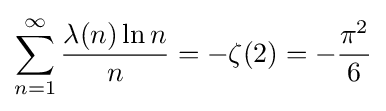
\sum \limits _{n=1}^{\infty }{\frac {\lambda (n)\ln n}{n}}=-\zeta (2)=-{\frac {\pi ^{2}}{6}}